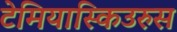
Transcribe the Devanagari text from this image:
टेमियास्किउरुस